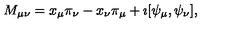
M _ { \mu \nu } = x _ { \mu } \pi _ { \nu } - x _ { \nu } \pi _ { \mu } + \imath [ \psi _ { \mu } , \psi _ { \nu } ] ,